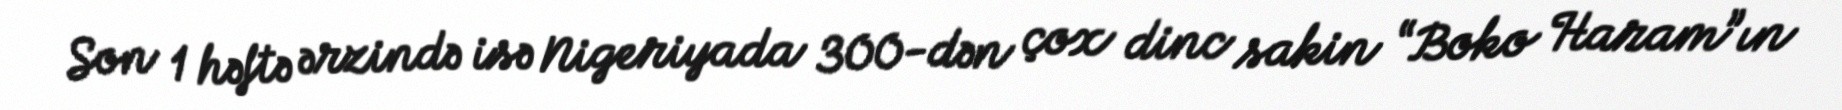
Son 1 həftə ərzində isə Nigeriyada 300-dən çox dinc sakin “Boko Haram”ın